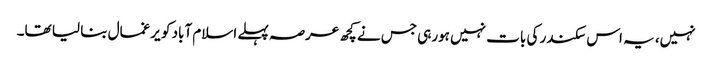
نہیں، یہ اس سکندر کی بات نہیں ہورہی جس نے کچھ عرصہ پہلے اسلام آباد کو یرغمال بنا لیا تھا۔